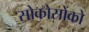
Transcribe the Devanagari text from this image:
सोकोसोको